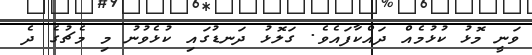
ވަނީ މޮޅު ކުޅުމެއް ދައްކާފައެވެ. ގަލޮޅު ދަނޑުގައި ކުޅެވުނު މި މެޗުގެ ދެ